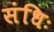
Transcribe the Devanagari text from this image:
संधिः